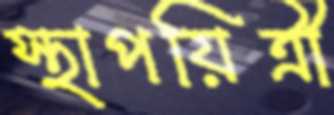
স্থাপয়িত্রী